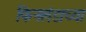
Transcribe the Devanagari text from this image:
फिनलंडाच्या